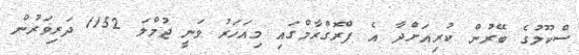
ސްކޫލުގެ ބޭރުން ކުރިއަށްދާ އެ ޕްރޮގްރާމްގައި މިއަހަރު ވަނީ ޖުމްލަ 1152 ދަރިވަރުން